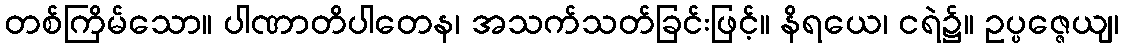
တစ်ကြိမ်သော။ ပါဏာတိပါတေန၊ အသက်သတ်ခြင်းဖြင့်။ နိရယေ၊ ငရဲ၌။ ဥပ္ပဇ္ဇေယျ၊